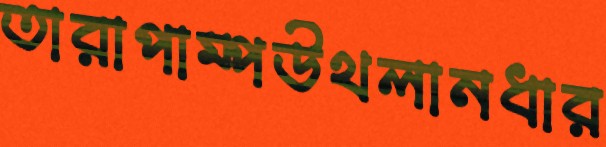
তারাপাম্পউথলানধার